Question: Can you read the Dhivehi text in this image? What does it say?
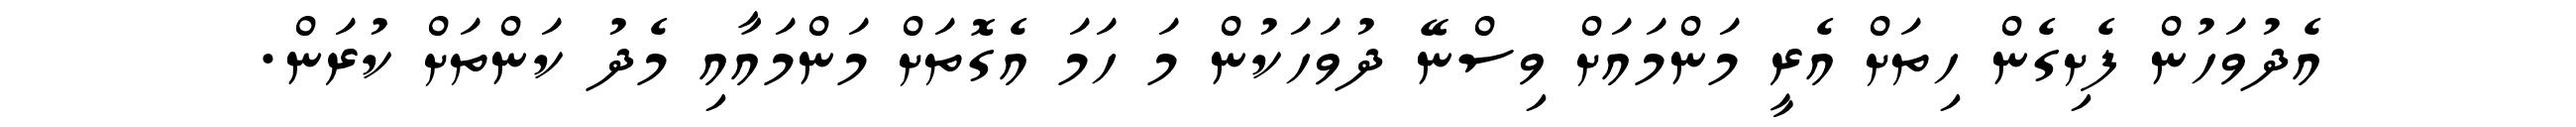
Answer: އެދުވަހުން ފެށިގެން ހިތަށް އެރީ މަންމައަށް ވިސްނޭ ދުވަހަކުން މަ ހަމަ އެގޮތަށް މަންމައާއި މެދު ކަންތަށް ކުރަން.